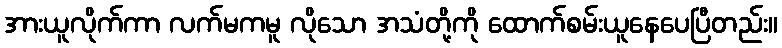
အားယူလိုက်ကာ လက်မကမူ လိုသော အသံတို့ကို ထောက်စမ်းယူနေပေပြီတည်း။